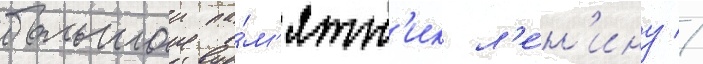
большои па́м'ятн'ик л'е́н'ину //